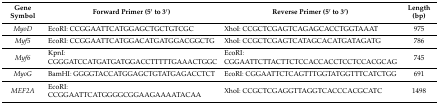
| Gene Symbol | Forward Primer (5′ to 3′) | Reverse Primer (5′ to 3′) | Length (bp) |
 | --- | --- | --- | --- |
 | MyoD | EcoRI: CCGGAATTCATGGAGCTGCTGTCGC | XhoI: CCGCTCGAGTCAGAGCACCTGGTAAAT | 975 |
 | Myf5 | EcoRI: CCGGAATTCATGGACATGATGGACGGCTG | XhoI: CCGCTCGAGTCATAGCACATGATAGATG | 786 |
 | Myf6 | KpnI: CGGGATCCATGATGATGGACCTTTTTGAAACTGGC | EcoRI: CGGAATTCTTACTTCTCCACCACCTCCTCCACGCAG | 745 |
 | MyoG | BamHI: GGGGTACCATGGAGCTGTATGAGACCTCT | EcoRI: CGGAATTCTCAGTTTGGTATGGTTTCATCTGG | 691 |
 | MEF2A | EcoRI: CCGGAATTCATGGGGCGGAAGAAAATACAA | XhoI: CCGCTCGAGGTTAGGTCACCCACGCATC | 1498 |